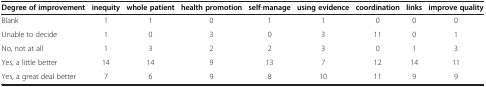
<table><thead><tr><td><b>Degree of improvement</b></td><td><b>inequity</b></td><td><b>whole patient</b></td><td><b>health promotion</b></td><td><b>self-manage</b></td><td><b>using evidence</b></td><td><b>coordination</b></td><td><b>links</b></td><td><b>improve quality</b></td></tr></thead><tbody><tr><td>Blank</td><td>1</td><td>1</td><td>0</td><td>1</td><td>1</td><td>0</td><td>0</td><td>0</td></tr><tr><td>Unable to decide</td><td>1</td><td>0</td><td>3</td><td>0</td><td>3</td><td>11</td><td>0</td><td>1</td></tr><tr><td>No, not at all</td><td>1</td><td>3</td><td>2</td><td>2</td><td>3</td><td>0</td><td>1</td><td>3</td></tr><tr><td>Yes, a little better</td><td>14</td><td>14</td><td>9</td><td>13</td><td>7</td><td>12</td><td>14</td><td>11</td></tr><tr><td>Yes, a great deal better</td><td>7</td><td>6</td><td>9</td><td>8</td><td>10</td><td>11</td><td>9</td><td>9</td></tr></tbody></table>